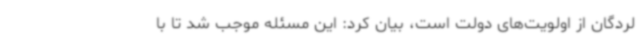
لردگان از اولویت‌های دولت است، بیان کرد: این مسئله موجب شد تا با